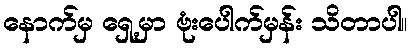
နောက်မှ ရှေ့မှာ ဗုံးပေါက်မှန်း သိတာပါ။